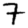
Digit: 7